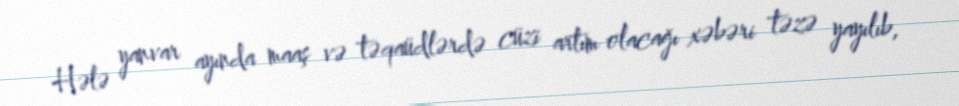
Hələ yanvar ayında maaş və təqaüdlərdə cüzi artım olacağı xəbəri təzə yayılıb,